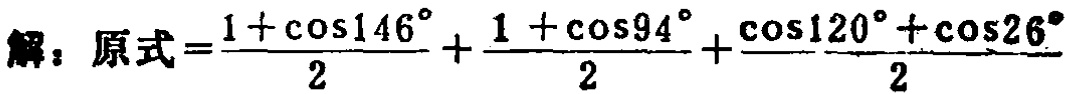
解：原式\(=\frac{1 + \cos146^{\circ}}{2}+\frac{1 + \cos94^{\circ}}{2}+\frac{\cos120^{\circ}+\cos26^{\circ}}{2}\)